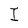
Character: I